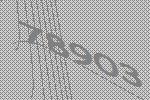
78903